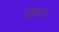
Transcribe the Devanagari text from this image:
शेणय